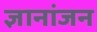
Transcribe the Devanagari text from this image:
ज्ञानांजन